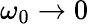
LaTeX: \omega_{0}\to 0